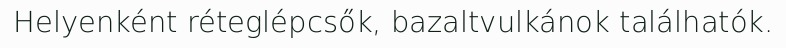
Helyenként réteglépcsők, bazaltvulkánok találhatók.